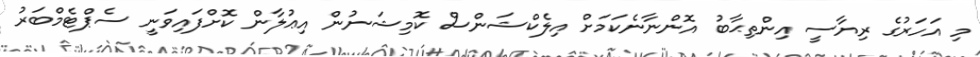
މި އަހަރުގެ ރިޔާސީ އިންތިޙާބު އޮންނާނެކަމަށް އިލެކްޝަންސް ކޮމިޝަނުން އިޢުލާން ކޮށްފައިވަނީ ސެޕްޓެމްބަރު